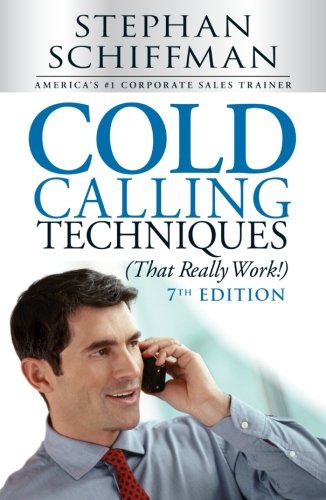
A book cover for Cold Calling Techniques (That Really Work!); Stephen Schiffman; Business & Money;